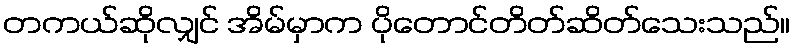
တကယ်ဆိုလျှင် အိမ်မှာက ပိုတောင်တိတ်ဆိတ်သေးသည်။